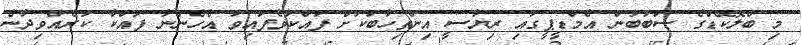
މި ބްލޮކޭޑްގެ ސަބަބުން އެމްޑީޕީގައި ރިޔާސީ އިންތިހާބަކަށް ފައްކާވެފައިވާ އެހެންނާ ފައްކާ ކުރެއްވިދާނެ